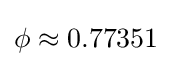
\phi \approx 0.77351